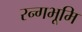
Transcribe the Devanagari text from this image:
रन्गभूमि